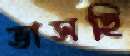
ভাসছি